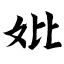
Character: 妣